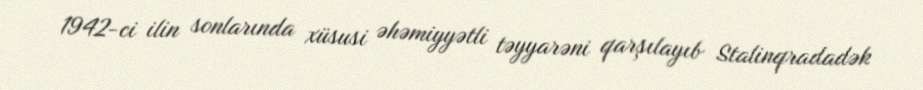
1942-ci ilin sonlarında xüsusi əhəmiyyətli təyyarəni qarşılayıb Stalinqradadək